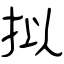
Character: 拟